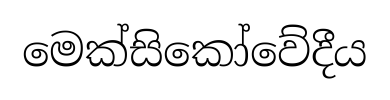
මෙක්සිකෝවේදීය